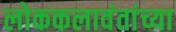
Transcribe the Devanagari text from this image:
लोककलावंतांच्या